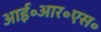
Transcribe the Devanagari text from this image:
आई॰आर॰एस॰